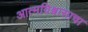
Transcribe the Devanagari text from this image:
आत्मविश्वासाचा